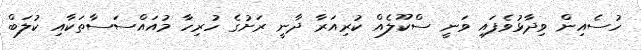
ހުސެއިން ވިދާޅުވެފައި ވަނީ ސްކޫލެއް ކުރިއަރާ ދާނީ ރަށުގެ ހުރިހާ މުއައްސަސާތަކާއި ކުލަބް